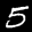
Label: 5